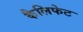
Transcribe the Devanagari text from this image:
कैलिफेट